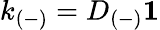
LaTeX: k_{(-)}=D_{(-)}\mathbf{1}